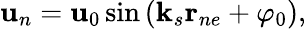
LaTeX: {\mathbf u}_{n}={\mathbf u}_{0}\sin\left({\mathbf k}_{s}{\mathbf r}_{ne}+\varphi_{0}\right),